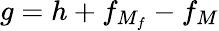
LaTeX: g=h+f_{M_{f}}-f_{M}